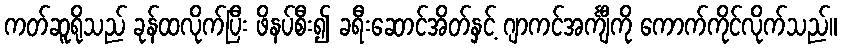
ကတ်ဆူရိုသည် ခုန်ထလိုက်ပြီး ဖိနပ်စီး၍ ခရီးဆောင်အိတ်နှင့် ဂျာကင်အင်္ကျီကို ကောက်ကိုင်လိုက်သည်။